Report on vaccination in Madras 1904-1921 - 1904-1921
Year: 1904
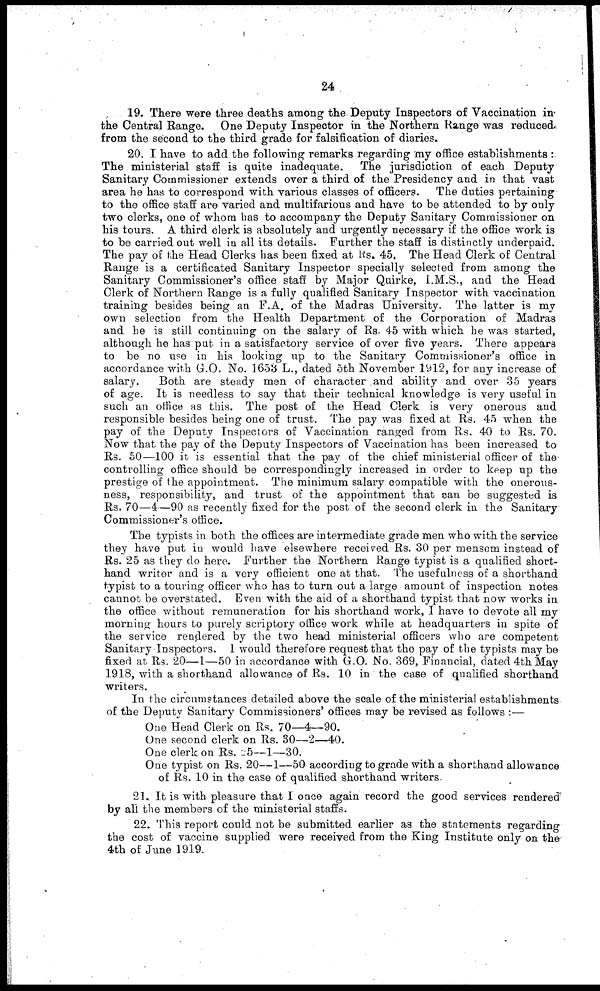
24
19. There were three deaths among the Deputy Inspectors of Vaccination in
the Central Range. One Deputy Inspector in the Northern Range was reduced
from the second to the third grade for falsification of diaries.
20. I have to add the following remarks regarding my office establishments :.
The ministerial staff is quite inadequate. The jurisdiction of each Deputy
Sanitary Commissioner extends over a third of the Presidency and in that vast
area he has to correspond with various classes of officers. The duties pertaining
to the office staff are varied and multifarious and have to be attended to by only
two clerks, one of whom has to accompany the Deputy Sanitary Commissioner on
his tours. A third clerk is absolutely and urgently necessary if the office work is
to be carried out well in all its details. Further the staff is distinctly underpaid.
The pay of the Head Clerks has been fixed at Rs. 45. The Head Clerk of Central
Range is a certificated Sanitary Inspector specially selected from among the
Sanitary Commissioner's office staff by Major Quirke, I.M.S., and the Head
Clerk of Northern Range is a fully qualified Sanitary Inspector with vaccination
training besides being an F.A. of the Madras University. The latter is my
own selection from the Health Department of the Corporation of Madras
and he is still continuing on the salary of Rs. 45 with which he was started,
although he has put in a satisfactory service of over five years. There appears
to be no use in his looking up to the Sanitary Commissioner's office in
accordance with G.O. No. 1653 L., dated 5th November 1912, for any increase of
salary.
Both are steady men of character and ability and over 35 years
of age. It is needless to say that their technical knowledge is very useful in
such an office as this. The post of the Head Clerk is very onerous and
responsible besides being one of trust. The pay was fixed at Rs. 45 when the
pay of the Deputy Inspectors of Vaccination ranged from Rs. 40 to Rs. 70.
Now that the pay of the Deputy Inspectors of Vaccination has been increased to
Rs. 50—100 it is essential that the pay of the chief ministerial officer of the
controlling office should be correspondingly increased in order to keep up the
prestige of the appointment. The minimum salary compatible with the onerous-
ness, responsibility, and trust of the appointment that can be suggested is
Rs. 70—4—90 as recently fixed for the post of the second clerk in the Sanitary
Commissioner's office.
The typists in both the offices are intermediate grade men who with the service
they have put in would have elsewhere received Rs. 30 per mensem instead of
Rs. 25 as they do here. Further the Northern Range typist is a qualified short-
hand writer and is a very efficient one at that. The usefulness of a shorthand
typist to a touring officer who has to turn out a large amount of inspection notes
cannot be overstated. Even with the aid of a shorthand typist that now works in
the office without remuneration for his shorthand work, I have to devote all my
morning hours to purely scriptory office work while at headquarters in spite of
the service rendered by the two head ministerial officers who are competent
Sanitary Inspectors. I would therefore request that the pay of the typists may be
fixed at Rs. 20—1—50 in accordance with G.O. No. 369, Financial, dated 4th May
1918, with a shorthand allowance of Rs. 10 in the case of qualified shorthand
writers.
In the circumstances detailed above the scale of the ministerial establishments
of the Deputy Sanitary Commissioners' offices may be revised as follows :—
One Head Clerk on Rs, 70—4—90.
One second clerk on Rs. 30—2—40.
One clerk on Rs. 25—1—30.
One typist on Rs. 20—1—50 according to grade with a shorthand allowance
of Rs. 10 in the case of qualified shorthand writers.
21. It is with pleasure that I once again record the good services rendered
by all the members of the ministerial staffs.
22. This report could not be submitted earlier as the statements regarding
the cost of vaccine supplied were received from the King Institute only on the
4th of June 1919.